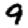
Digit: 9